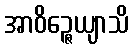
အာဝိဉ္ဇေယျာသိ